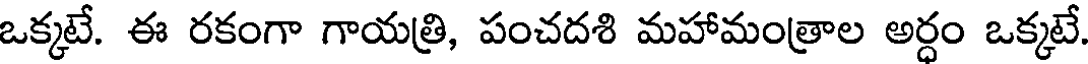
ఒక్కటే. ఈ రకంగా గాయత్రి, పంచదశి మహామంత్రాల అర్దం ఒక్కటే.